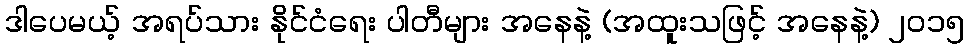
ဒါပေမယ့် အရပ်သား နိုင်ငံရေး ပါတီများ အနေနဲ့ (အထူးသဖြင့် အနေနဲ့) ၂၀၁၅